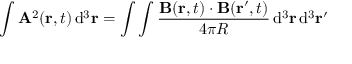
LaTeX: \int \mathbf { A } ^ { 2 } ( \mathbf { r } , t ) \operatorname { d } \! ^ { 3 } \mathbf { r } = \int \int { \frac { \mathbf { B } ( \mathbf { r } , t ) \cdot \mathbf { B } ( \mathbf { r } ^ { \prime } , t ) } { 4 \pi R } } \operatorname { d } \! ^ { 3 } \mathbf { r } \operatorname { d } \! ^ { 3 } \mathbf { r } ^ { \prime }